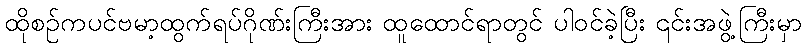
ထိုစဉ်ကပင်ဗမာ့ထွက်ရပ်ဂိုဏ်းကြီးအား ထူထောင်ရာတွင် ပါဝင်ခဲ့ပြီး ၎င်းအဖွဲ့ကြီးမှာ